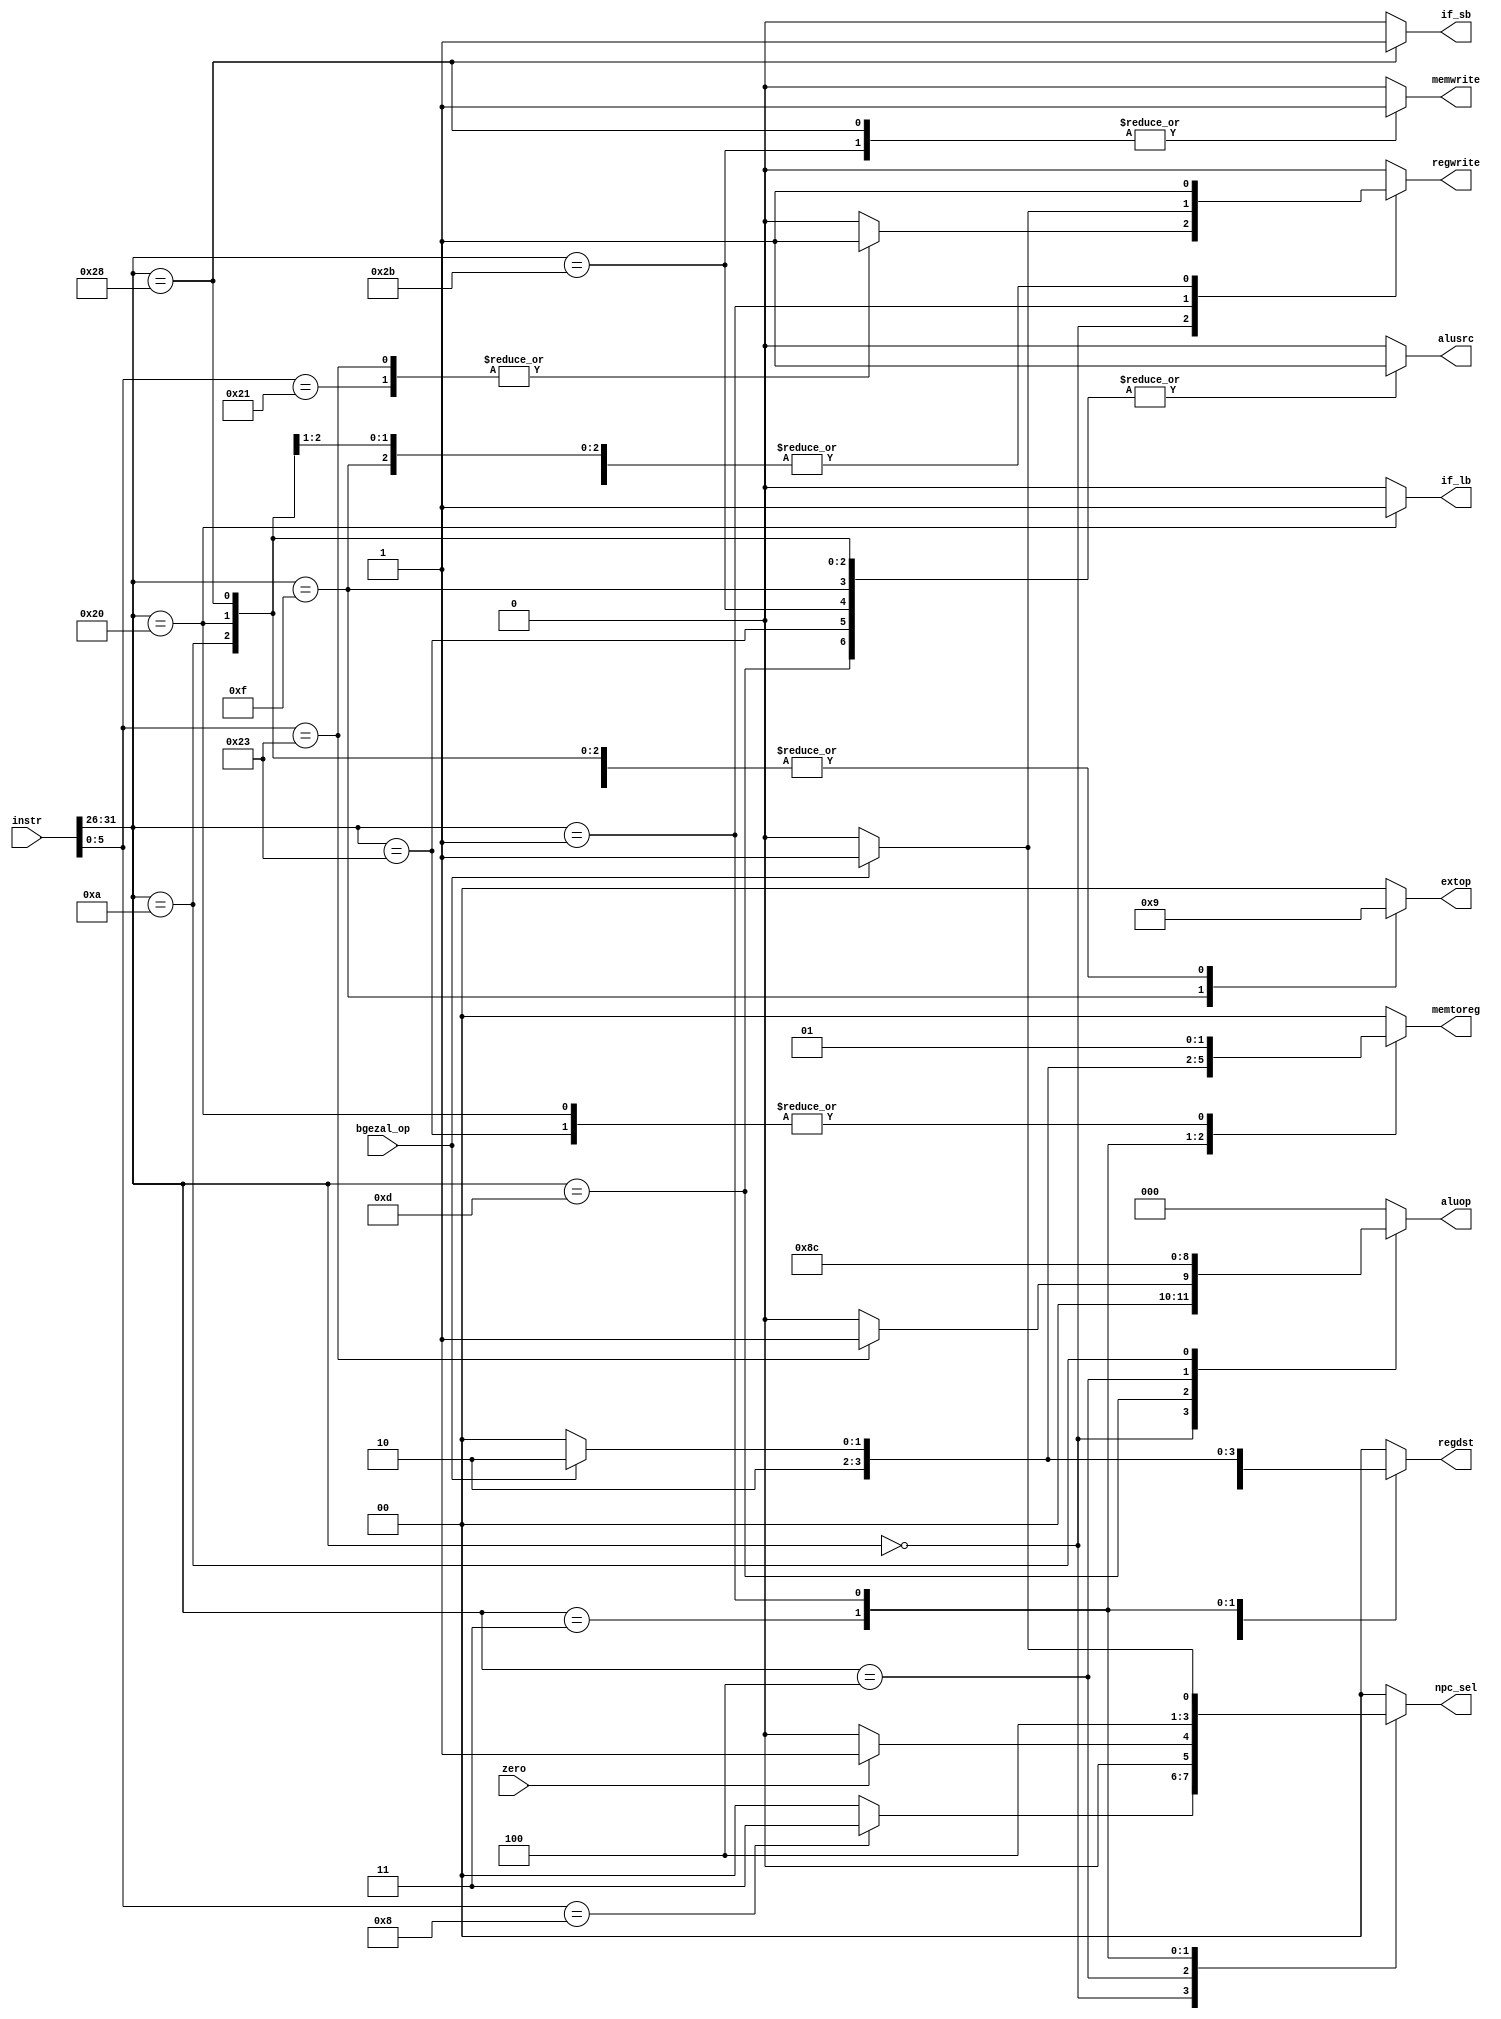
`timescale 1ns / 1ps
//////////////////////////////////////////////////////////////////////////////////
// Company: 
// Engineer: 
// 
// Design Name: 
// Module Name:    Control 
// Project Name: 
// Target Devices: 
// Tool versions: 
// Description: 
//
// Dependencies: 
//
// Revision: 
// Revision 0.01 - File Created
// Additional Comments: 
//
//////////////////////////////////////////////////////////////////////////////////
module Control(
	 input [31:0] instr,
	 input zero,
	 input bgezal_op,
    output reg [1:0] regdst,
    output reg alusrc,
    output reg [1:0] memtoreg,
    output reg memwrite,
    output reg regwrite,
    output reg [1:0] extop,
    output reg [1:0] npc_sel,
    output reg [2:0] aluop,
	 output reg if_lb,
	 output reg if_sb
	 );
	 
	 `define R_type 6'b000000
	 `define addu 6'b100001
	 `define subu 6'b100011
	 `define jr 6'b001000
	 `define ori 6'b001101
	 `define lw 6'b100011
	 `define sw 6'b101011
	 `define beq 6'b000100
	 `define lui 6'b001111
	 `define jal 6'b000011
	 `define bgezal 6'b000001
	 `define slti 6'b001010
	 `define lb 6'b100000
	 `define sb 6'b101000
	 
	 wire [5:0] op;
	 assign op[5:0]=instr[31:26];
	 wire [5:0] func;
	 assign func[5:0]=instr[5:0];
	 
	 initial begin
		regdst<=2'b00;
		alusrc<=0;
		memtoreg<=2'b00;
		memwrite<=0;
		regwrite<=0;
		extop<=2'b00;
		npc_sel<=2'b00;
		aluop<=3'b000;
		if_lb<=0;
		if_sb<=0;
	 end
	 always@(op,func,zero,bgezal_op)begin
	     case(op)
			   `R_type:begin
							 case(func)
				            `addu:begin
										   regdst<=2'b01;
										   alusrc<=0;
											memtoreg<=2'b00;
											memwrite<=0;
											regwrite<=1;
											extop<=2'b00;
										   npc_sel<=2'b00;
										   aluop<=3'b000;
											if_lb<=0;
											if_sb<=0;
										end
								`subu:begin
											regdst<=2'b01;
											alusrc<=0;
											memtoreg<=2'b00;
											memwrite<=0;
											regwrite<=1;
											extop<=2'b00;
										   npc_sel<=2'b00;
										   aluop<=3'b001;
											if_lb<=0;
											if_sb<=0;
										end
								  `jr:begin
											regdst<=2'b00;
											alusrc<=0;
											memtoreg<=2'b00;
											memwrite<=0;
											regwrite<=0;
											extop<=2'b00;
										   npc_sel<=2'b11;
										   aluop<=3'b000;
											if_lb<=0;
											if_sb<=0;
										end
							     	default:begin//nop
												 regdst<=2'b00;
												 alusrc<=0;
												 memtoreg<=2'b00;
												 memwrite<=0;
												 regwrite<=0;
												 extop<=2'b00;
												 npc_sel<=2'b00;
												 aluop<=3'b000;
												 if_lb<=0;
												 if_sb<=0;
											  end	  
							endcase
						 end
					  `ori:begin
							     regdst<=2'b00;
								  alusrc<=1;
				   			  memtoreg<=2'b00;
								  memwrite<=0;
								  regwrite<=1;
								  extop<=2'b00;
								  npc_sel<=2'b00;
								  aluop<=3'b010;
								  if_lb<=0;
								  if_sb<=0;
							 end
						`lw:begin
				             regdst<=2'b00;
								 alusrc<=1;
				   			 memtoreg<=2'b01;
								 memwrite<=0;
								 regwrite<=1;
								 extop<=2'b01;
								 npc_sel<=2'b00;
								 aluop<=3'b000;
								 if_lb<=0;
								 if_sb<=0;
							 end
						`sw:begin
				             regdst<=2'b00;
								 alusrc<=1;
								 memtoreg<=2'b00;
								 memwrite<=1;
								 regwrite<=0;
							    extop<=2'b01;
								 npc_sel<=2'b00;
								 aluop<=3'b000;
								 if_lb<=0;
								 if_sb<=0;
							 end
					  `beq:begin
				              regdst<=2'b00;
								  alusrc<=0;
								  memtoreg<=2'b00;
								  memwrite<=0;
								  regwrite<=0;
								  extop<=2'b00;
								  aluop<=3'b001;
								  if_lb<=0;
								  if_sb<=0;
								  if(zero)begin
								      npc_sel<=2'b01;
								  end
								  else begin
								      npc_sel<=2'b00;
								  end
							 end
					  `lui:begin
								  regdst<=2'b00;
								  alusrc<=1;
								  memtoreg<=2'b00;
								  memwrite<=0;
								  regwrite<=1;
								  extop<=2'b10;
								  npc_sel<=2'b00;
								  aluop<=3'b000;
								  if_lb<=0;
								  if_sb<=0;
							 end
					  `jal:begin
							     regdst<=2'b10;
								  alusrc<=0;
								  memtoreg<=2'b10;
								  memwrite<=0;
								  regwrite<=1;
								  extop<=2'b00;
								  npc_sel<=2'b10;
								  aluop<=3'b000;
								  if_lb<=0;
								  if_sb<=0;
							 end
				  `bgezal:begin
									alusrc<=0;
									memwrite<=0;
									extop<=2'b00;
									aluop<=3'b000;
									if_lb<=0;
								   if_sb<=0;
									if(bgezal_op)begin
										regdst<=2'b10;
										memtoreg<=2'b10;
										regwrite<=1;
										npc_sel<=2'b01;
									end
									else begin
										regdst<=2'b00;
										memtoreg<=2'b00;
										regwrite<=0;
										npc_sel<=2'b00;
									end
							 end
					 `slti:begin
									regdst<=2'b00;
									alusrc<=1;
									memtoreg<=2'b00;
									memwrite<=0;
									regwrite<=1;
									extop<=2'b01;
									npc_sel<=2'b00;
									aluop<=3'b100;
									if_lb<=0;
								   if_sb<=0;
							 end
						`lb:begin
									regdst<=2'b00;
									alusrc<=1;
									memtoreg<=2'b01;
									memwrite<=0;
									regwrite<=1;
									extop<=2'b01;
									npc_sel<=2'b00;
									aluop<=3'b000;
									if_lb<=1;
								   if_sb<=0;
							 end
						`sb:begin
									regdst<=2'b00;
									alusrc<=1;
									memtoreg<=2'b00;
									memwrite<=1;
									regwrite<=0;
									extop<=2'b01;
									npc_sel<=2'b00;
									aluop<=3'b000;
									if_lb<=0;
									if_sb<=1;
							 end
				  default:begin//nop
							     regdst<=2'b00;
								  alusrc<=0;
								  memtoreg<=2'b00;
								  memwrite<=0;
								  regwrite<=0;
								  extop<=2'b00;
								  npc_sel<=2'b00;
								  aluop<=3'b000;
								  if_lb<=0;
								  if_sb<=0;
							 end
        endcase
    end				
endmodule